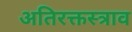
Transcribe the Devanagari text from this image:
अतिरक्तस्त्राव